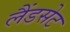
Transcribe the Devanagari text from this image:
लैंडसेट